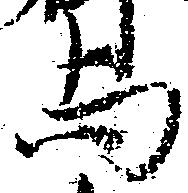
与